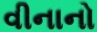
વીનાનો